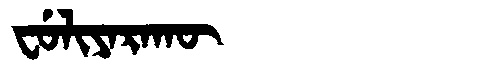
Manchu: ᠸᡠᠯᡳᠶᠠᡵᠠᡴᡡ
Romanization: FULIYARAKŪ